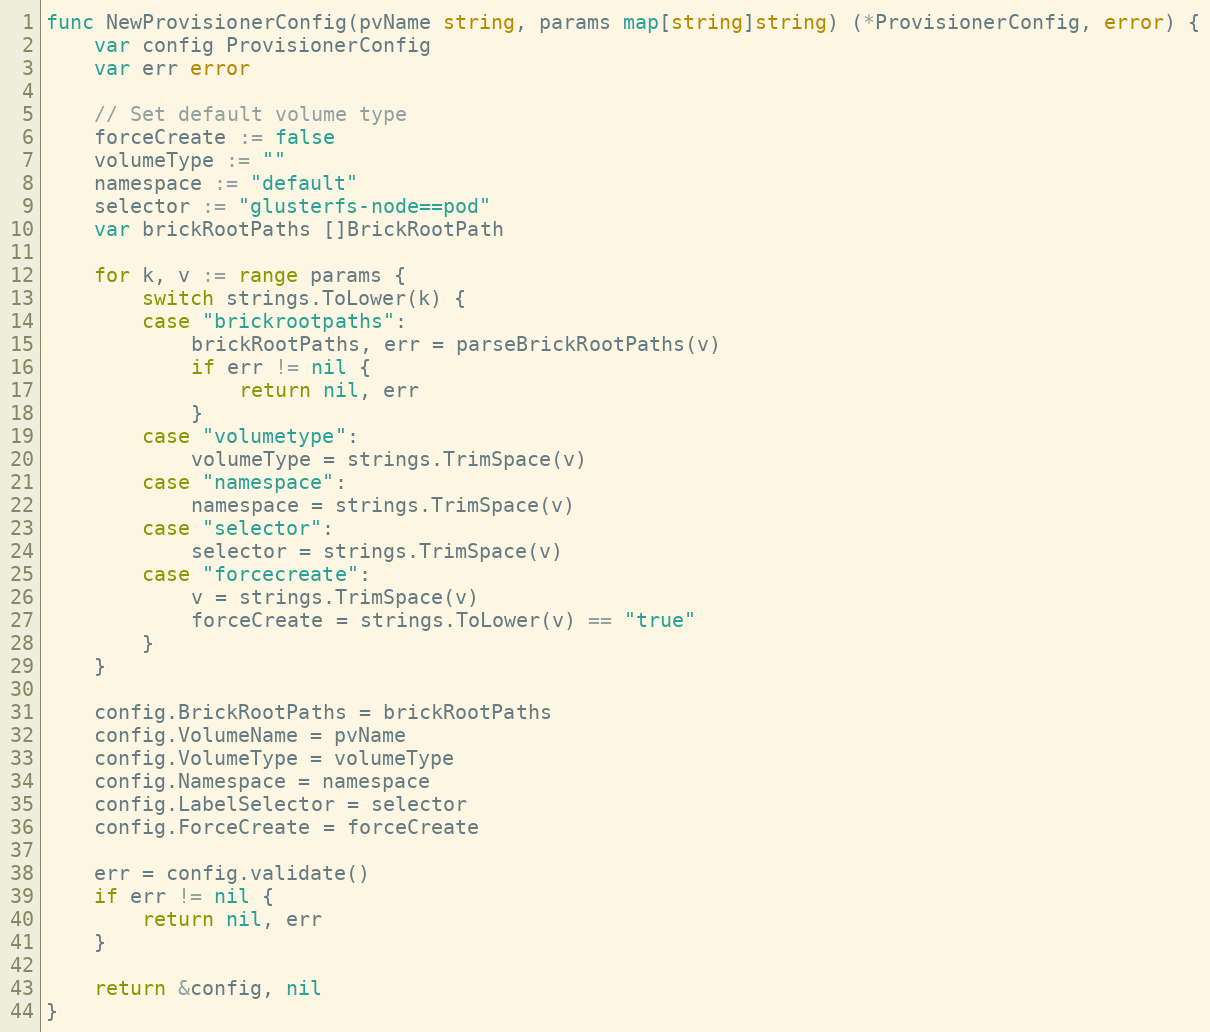
Language: Go
func NewProvisionerConfig(pvName string, params map[string]string) (*ProvisionerConfig, error) {
	var config ProvisionerConfig
	var err error

	// Set default volume type
	forceCreate := false
	volumeType := ""
	namespace := "default"
	selector := "glusterfs-node==pod"
	var brickRootPaths []BrickRootPath

	for k, v := range params {
		switch strings.ToLower(k) {
		case "brickrootpaths":
			brickRootPaths, err = parseBrickRootPaths(v)
			if err != nil {
				return nil, err
			}
		case "volumetype":
			volumeType = strings.TrimSpace(v)
		case "namespace":
			namespace = strings.TrimSpace(v)
		case "selector":
			selector = strings.TrimSpace(v)
		case "forcecreate":
			v = strings.TrimSpace(v)
			forceCreate = strings.ToLower(v) == "true"
		}
	}

	config.BrickRootPaths = brickRootPaths
	config.VolumeName = pvName
	config.VolumeType = volumeType
	config.Namespace = namespace
	config.LabelSelector = selector
	config.ForceCreate = forceCreate

	err = config.validate()
	if err != nil {
		return nil, err
	}

	return &config, nil
}